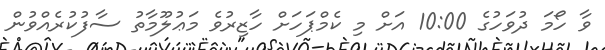
ވާ ހޯމަ ދުވަހުގެ 10:00 އަށް މި ކެމްޕަހަށް ހާޒިރުވެ މަޢުލޫމާތު ސާފުކުރެއްވުން